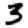
Digit: 3